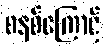
စနစ်ကြောင့်